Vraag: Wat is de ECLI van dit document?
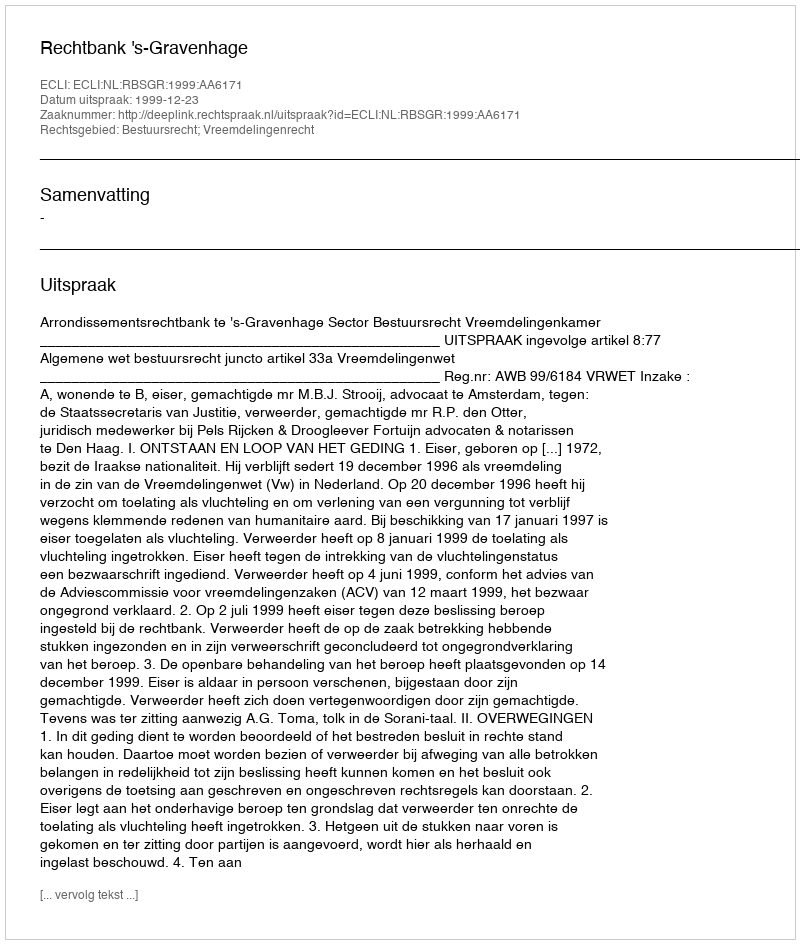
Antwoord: ECLI:NL:RBSGR:1999:AA6171